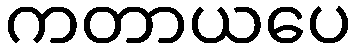
ကတာယပေ